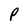
Character: P